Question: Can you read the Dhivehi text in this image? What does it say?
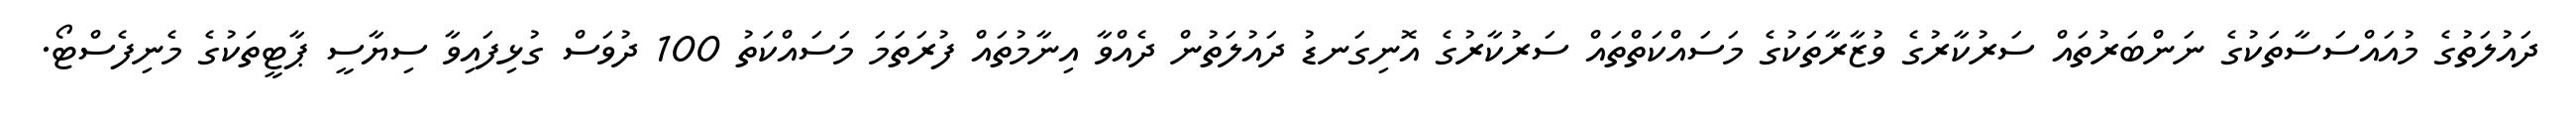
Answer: ދައުލަތުގެ މުއައްސަސާތަކުގެ ނަންބަރުތައް ސަރުކާރުގެ ވުޒާރާތަކުގެ މަސައްކަތްތައް ސަރުކާރުގެ އޮނިގަނޑު ދައުލަތުން ދެއްވާ އިނާމުތައް ފުރަތަމަ މަސައްކަތު 100 ދުވަސް ގުޅިފައިވާ ސިޔާސީ ޕާޓީތަކުގެ މެނިފެސްޓޯ.